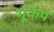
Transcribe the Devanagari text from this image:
भूंकंप